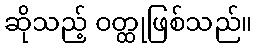
ဆိုသည့် ဝတ္ထုဖြစ်သည်။